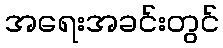
အရေးအခင်းတွင်